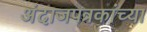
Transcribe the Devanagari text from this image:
अंदाजपत्रकांच्या